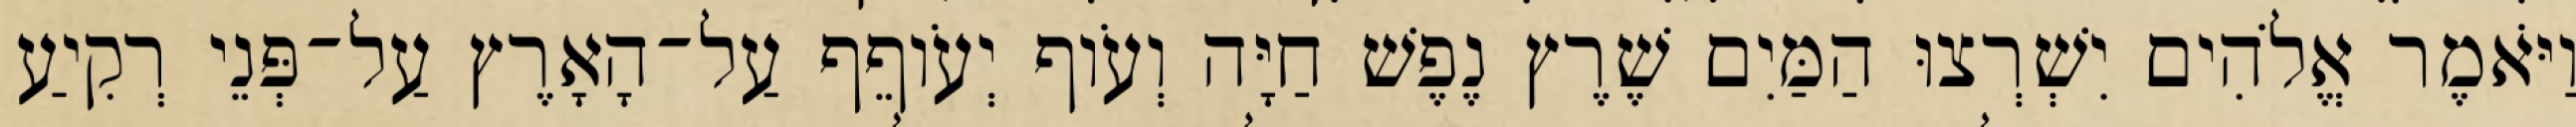
וַיֹּאמֶר אֱלֹהִים יִשְׁרְצוּ הַמַּיִם שֶׁרֶץ נֶפֶשׁ חַיָּה וְעֹוף יְעֹוףֵף עַל־הָאָרֶץ עַל־פְּנֵי רְקִיעַ